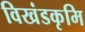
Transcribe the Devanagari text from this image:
विखंडकृमि